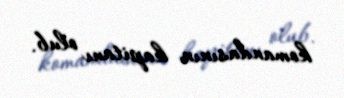
komandasının kapitanı olub.